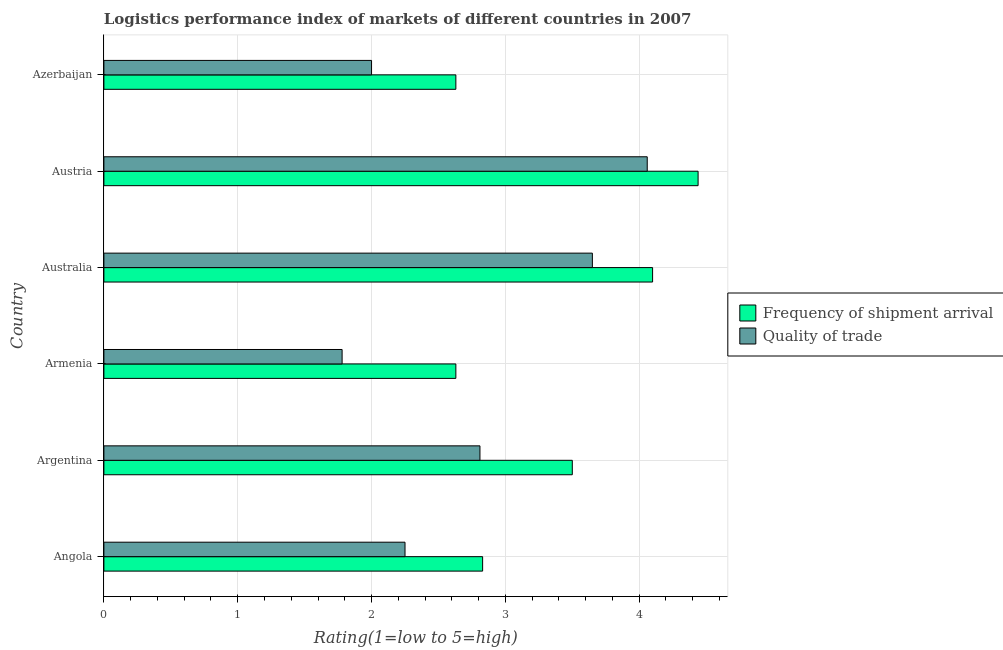
| Country | Frequency of shipment arrival | Quality of trade |
 | --- | --- | --- |
 | Angola | 2.83 | 2.25 |
 | Argentina | 3.5 | 2.81 |
 | Armenia | 2.63 | 1.78 |
 | Australia | 4.1 | 3.65 |
 | Austria | 4.44 | 4.06 |
 | Azerbaijan | 2.63 | 2 |